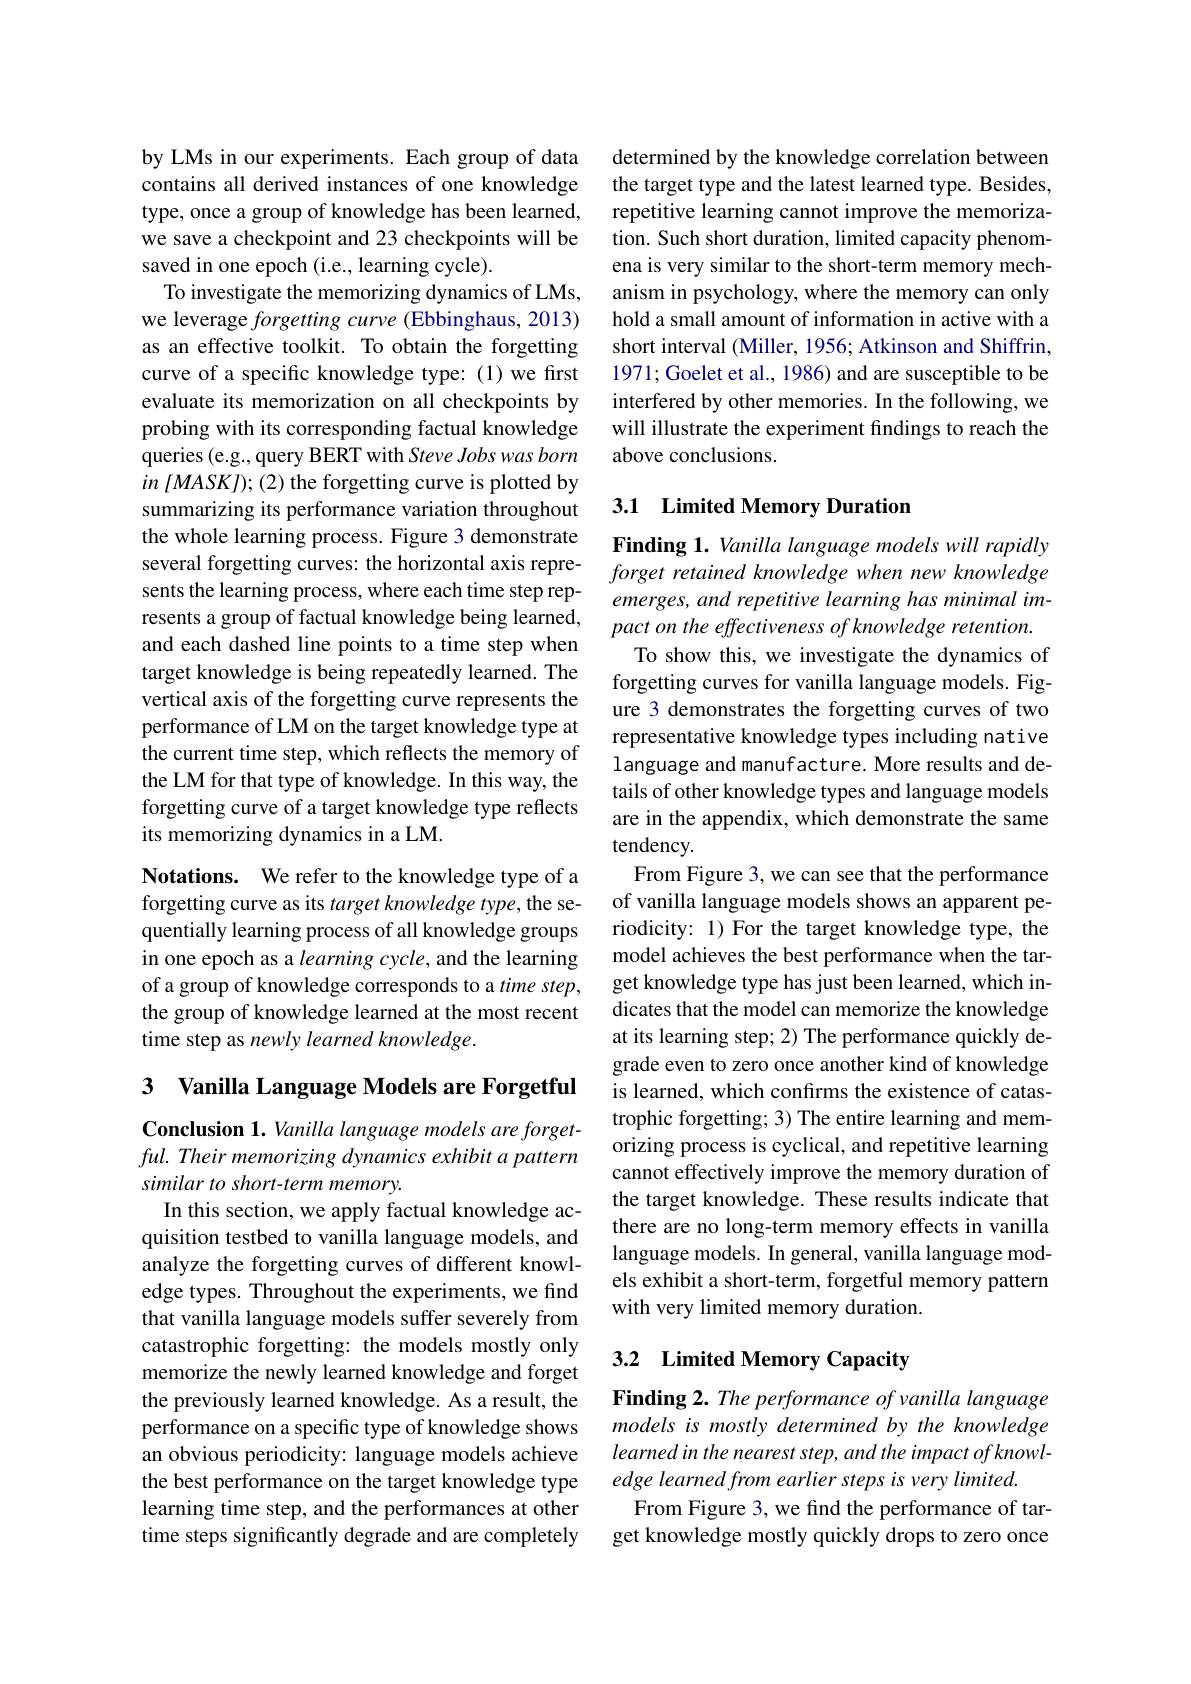
by LMs in our experiments. Each group of data contains all derived instances of one knowledge type, once a group of knowledge has been learned, we save a checkpoint and 23 checkpoints will be saved in one epoch (i.e., learning cycle).
To investigate the memorizing dynamics of LMs, we leverage forgetting curve (Ebbinghaus, 2013) as an effective toolkit. To obtain the forgetting curve of a specific knowledge type: (1) we first evaluate its memorization on all checkpoints by probing with its corresponding factual knowledge queries(e.g., query BERT with Steve Jobs was born in $[MASKJ);(2)$ the forgetting curve is plotted by summarizing its performance variation throughout the whole learning process. Figure 3 demonstrate several forgetting curves: the horizontal axis represents the learning process, where each time step represents a group of factual knowledge being learned, and each dashed line points to a time step when target knowledge is being repeatedly learned. The vertical axis of the forgetting curve represents the performance of LM on the target knowledge type at the current time step, which reflects the memory of the LM for that type of knowledge. In this way, the forgetting curve of a target knowledge type reflects its memorizing dynamics in a LM.
Notations. We refer to the knowledge type of a

forgetting curve as its target knowledge type, the sequentially learning process of all knowledge groups in one epoch as a learning cycle, and the learning of a group of knowledge corresponds to a time step, the group of knowledge learned at the most recent time step as newly learned knowledge.

3 Vanilla Language Models are Forgetful

Conclusion 1. Vanilla language models are forgetful. Their memorizing dynamics exhibit a pattern similar to short-term memory.

In this section, we apply factual knowledge acquisition testbed to vanilla language models, and analyze the forgetting curves of different knowledge types. Throughout the experiments, we find that vanilla language models suffer severely from catastrophic forgetting: the models mostly only memorize the newly learned knowledge and forget the previously learned knowledge. As a result, the performance on a specific type of knowledge shows an obvious periodicity: language models achieve the best performance on the target knowledge type learning time step, and the performances at other time steps significantly degrade and are completely

determined by the knowledge correlation between the target type and the latest learned type. Besides, repetitive learning cannot improve the memorization. Such short duration, limited capacity phenomena is very similar to the short-term memory mechanism in psychology, where the memory can only hold a small amount of information in active with a short interval (Miller, 1956; Atkinson and Shiffrin, 1971; Goelet et al., 1986) and are susceptible to be interfered by other memories. In the following, we will illustrate the experiment findings to reach the above conclusions.

## 3.1 Limited Memory Duration

Finding 1. Vanilla language models will rapidly forget retained knowledge when new knowledge emerges, and repetitive learning has minimal impact on the effectiveness of knowledge retention. To show this, we investigate the dynamics of forgetting curves for vanilla language models. Figure 3 demonstrates the forgetting curves of two representative knowledge types including native language and manufacture. More results and details of other knowledge types and language models are in the appendix, which demonstrate the same tendency.
From Figure 3, we can see that the performance of vanilla language models shows an apparent periodicity: 1) For the target knowledge type, the model achieves the best performance when the target knowledge type has just been learned, which indicates that the model can memorize the knowledge at its learning step; 2) The performance quickly degrade even to zero once another kind of knowledge is learned, which confırms the existence of catastrophic forgetting; 3) The entire learning and memorizing process is cyclical, and repetitive learning cannot effectively improve the memory duration of the target knowledge. These results indicate that there are no long-term memory effects in vanilla language models. In general, vanilla language models exhibit a short-term, forgetful memory pattern with very limited memory duration.

## 3.2 Limited Memory Capacity

Finding 2. The performance of vanilla language models is mostly determined by the knowledge learned in the nearest step, and the impact of knowledge learned from earlier steps is very limited.
From Figure 3, we find the performance of target knowledge mostly quickly drops to zero once